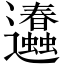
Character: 𨙥